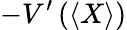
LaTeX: -V^{\prime}\left(\left\langle X\right\rangle\right)